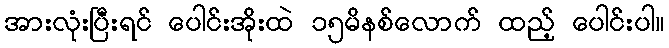
အားလုံးပြီးရင် ပေါင်းအိုးထဲ ၁၅မိနစ်လောက် ထည့် ပေါင်းပါ။